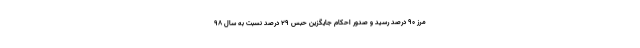
مرز ۹۰ درصد رسید و صدور احکام جایگزین حبس ۲۹ درصد نسبت به سال ۹۸